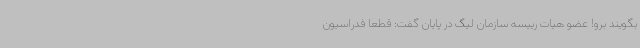
بگویند برو! عضو هیات رییسه سازمان لیگ در پایان گفت: قطعا فدراسیون